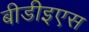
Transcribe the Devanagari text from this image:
बीडीइएस